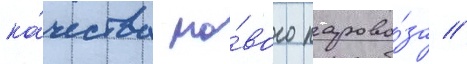
ка́чества но́вого парово́за //